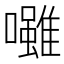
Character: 𡄪